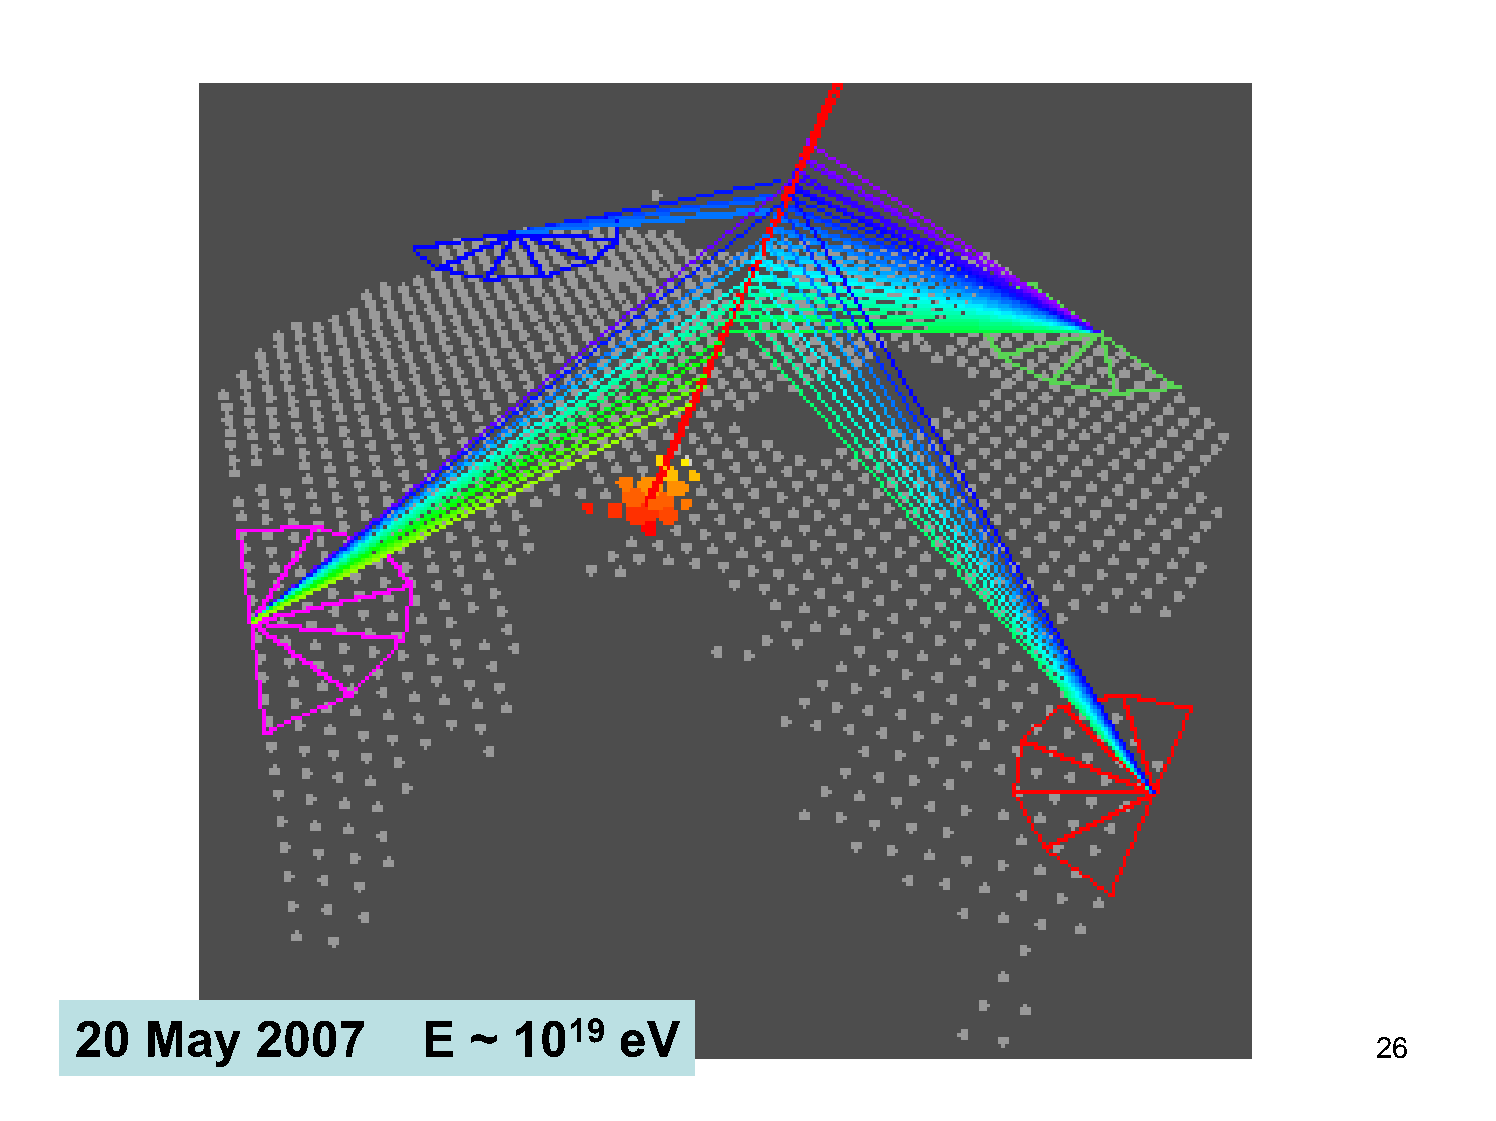
20   May    2007       E  ~  1019   eV
 26